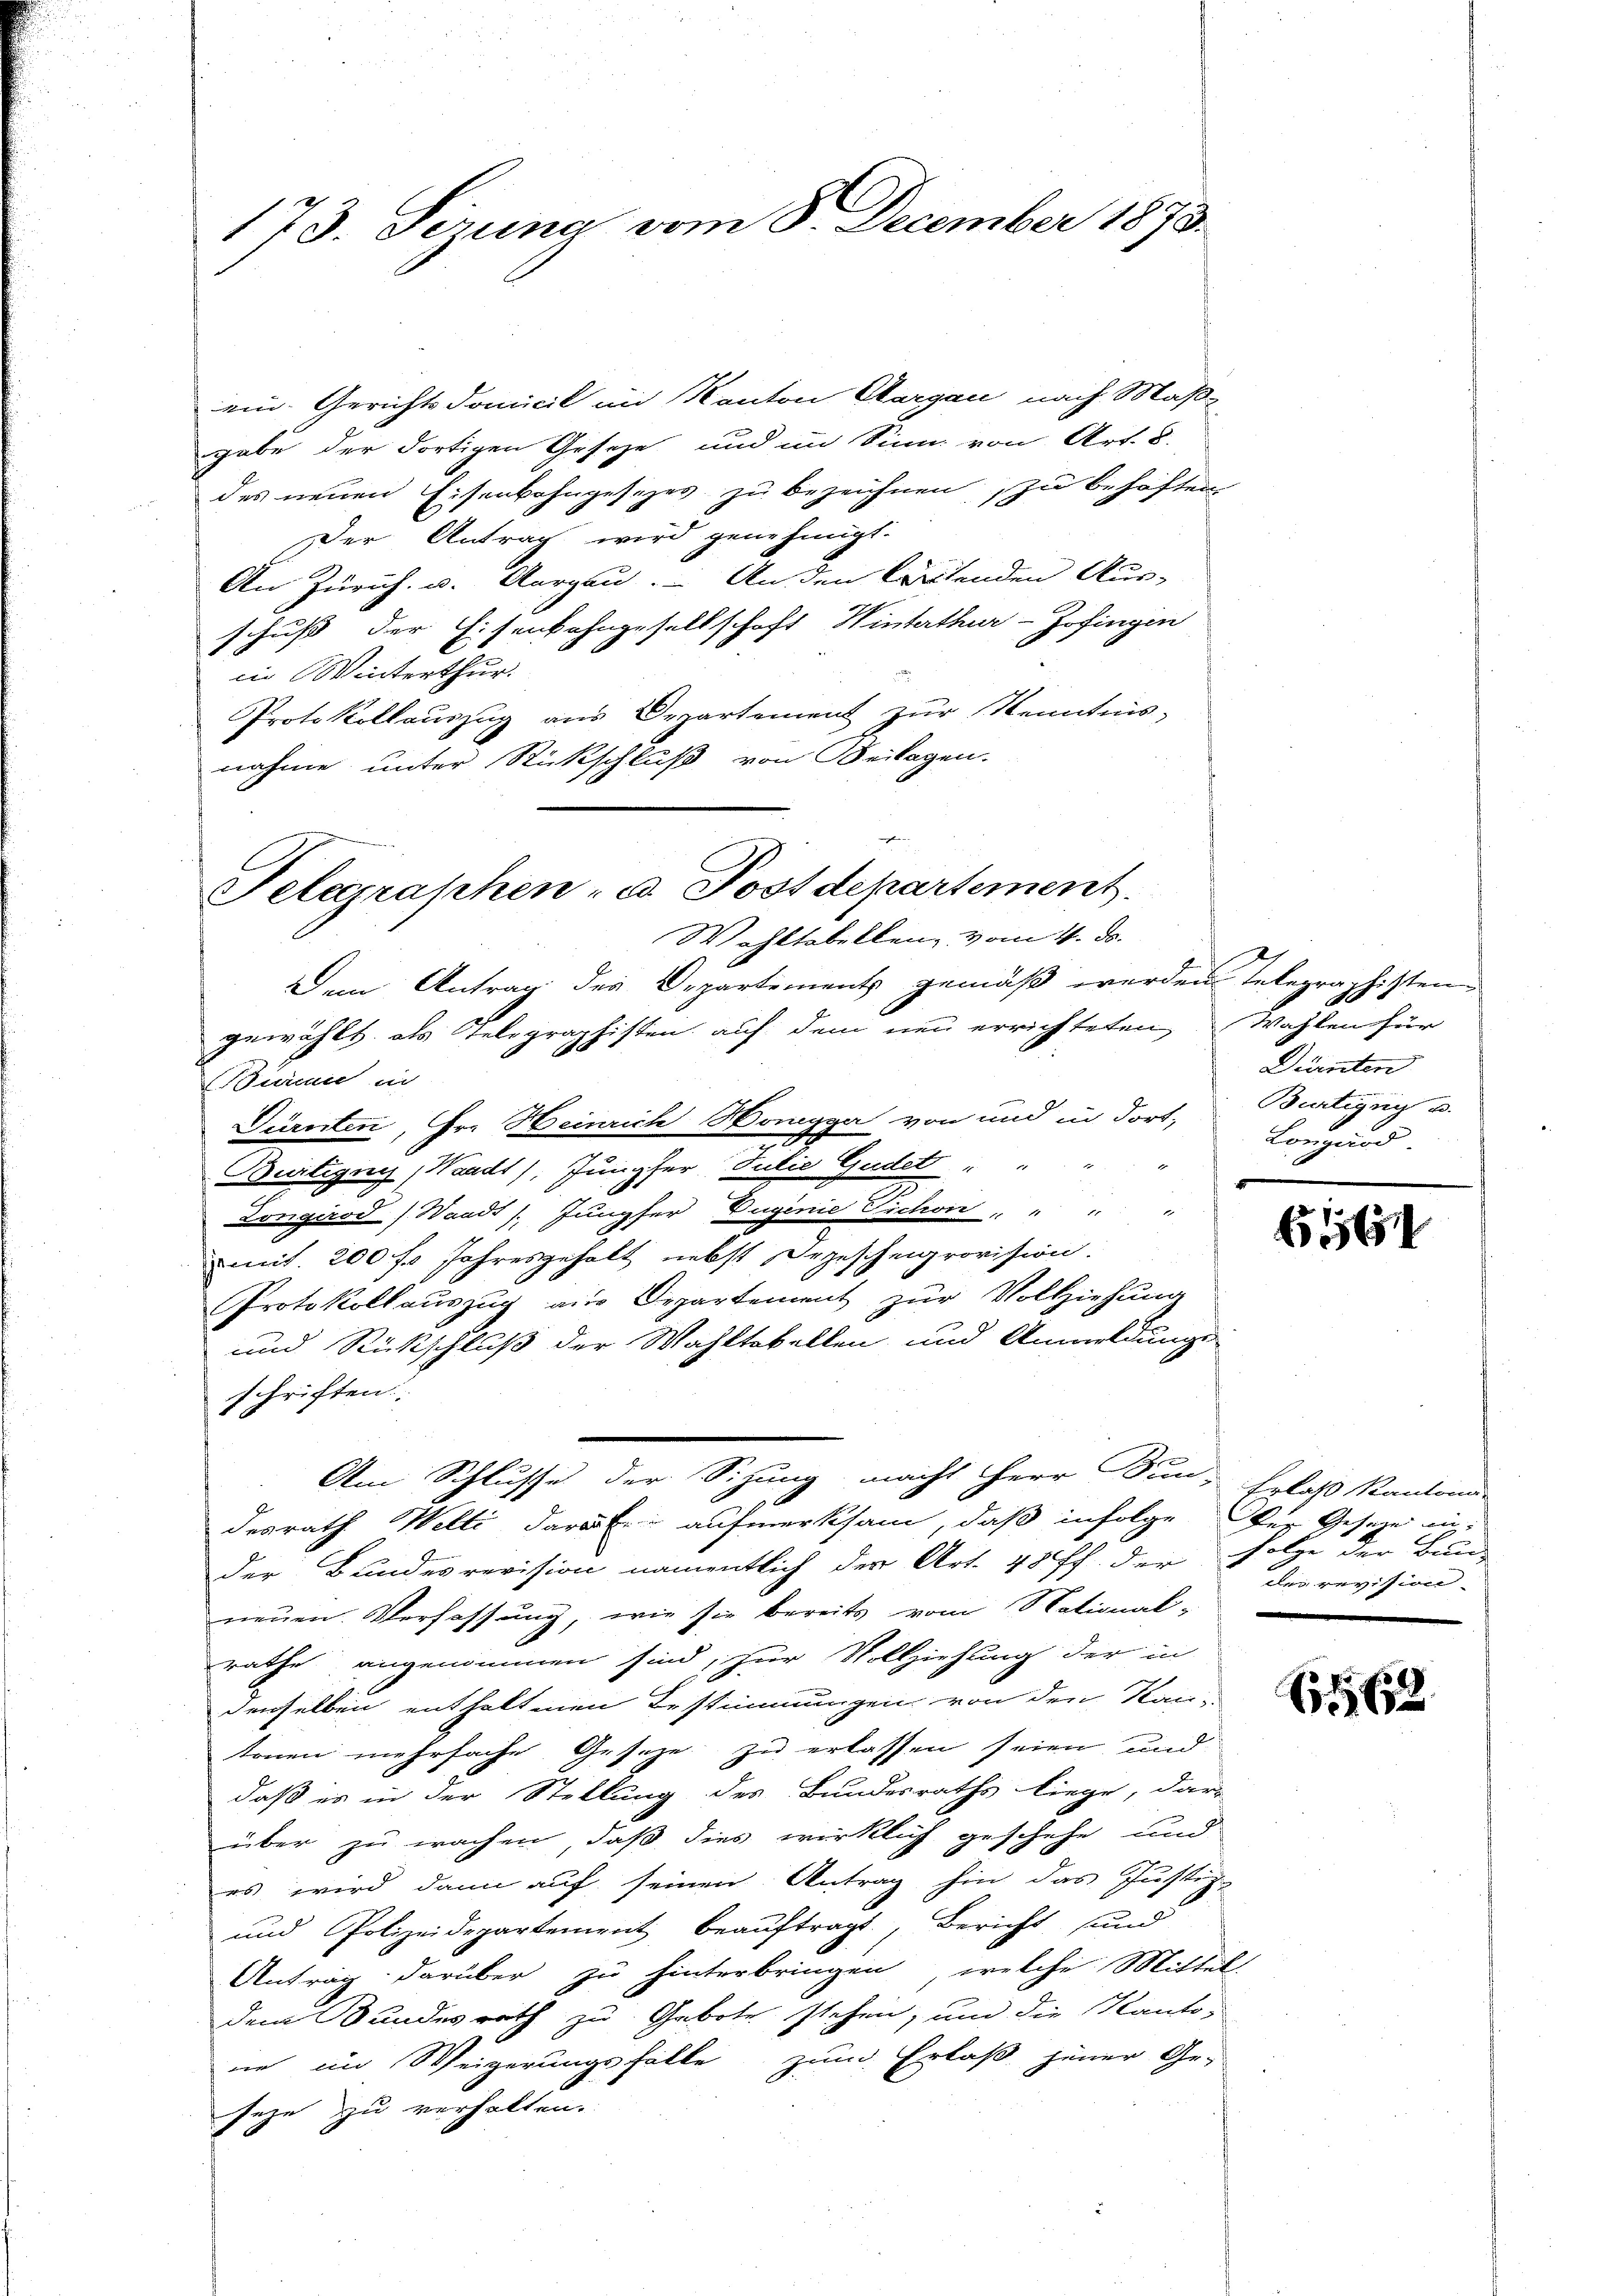
173. Sezung vom 8. December 1873.

ein. Gerichts domicil im Kanton Aargau nach Maßgabe der dortigen Geseze und im Sinn von Art. 8.
des neuen Eisenbahngesezes zu bezeichnen, zu behaften
Der Antrag wird genehmigt.
An Zürich. u. Aargau. An den lautenden Aus-
schuß der Eisenbahngesellschaft Winterthur–Zofingen
in Winterthur.
Protokollauszug aus Departement zur Kenntnis-
nahme unter Rückschluß von Beilagen.

Telegraphen- u. Postdepartement.
Wohltabellenz vom 4. ds.

Dem Antrag des Departements gemäß werden Telegraphisten
gewählt als Telegraphisten auf dem neu errichteten Wahlen für
Birme in
Gürnten, Hr. Heinrich Honigga von und in dort, Bertigg u.
e
Burtigny, Waadt, Jungfer Julie Gudet
Longirod (Waadt / Jungfer Duginie Vichon " " " "
mit. 200 f. Jahresgehalt nebst Irgeschenprovision.
Protokollauszug aus Departement zur Vollziehung
und Rückschluß der Wahltabellen und Anmeldungs-
schriften.
der Bundesrevision namentlich der Art. 48 ff. der Folge der Bund
neŭen Verfassung, wie sie bereits vom National-
rathe angenommen sind, für Vollziehung der in
denselben enthaltenen Bestimmungen von den Kantonen mehrfache Gesetze zu erlassen seien und
daß es in der Stellung des Bundesraths liege, dar
über zu wachen, daß dies wirklich geschehe und
es wird dann auf seinen Antrag hin das Justiz-
und Polizeidepartement beauftragt, Bericht und
Antrag darüber zu hinterbringen, welche Mittel
dem Bundesrath zu Gebote stehen, und die Kanto-
ne im Weigerungsfalle zum Erlaß jener Ge-
sehe zu verhalten.

Am Schlusse der Sitzung, macht Herr Sun-Erlaß Kanton
desrath Welti dara Er aufmerksam, daß infolge der Gesetze in

Dürnten
Lonznod

1

der revision

1562